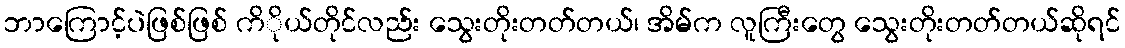
ဘာကြောင့်ပဲဖြစ်ဖြစ် ကိိုယ်တိုင်လည်း သွေးတိုးတတ်တယ်၊ အိမ်က လူကြီးတွေ သွေးတိုးတတ်တယ်ဆိုရင်